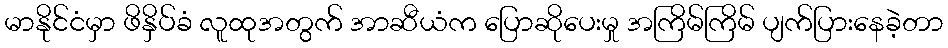
မာနိုင်ငံမှာ ဖိနှိပ်ခံ လူထုအတွက် အာဆီယံက ပြောဆိုပေးမှု အကြိမ်ကြိမ် ပျက်ပြားနေခဲ့တာ